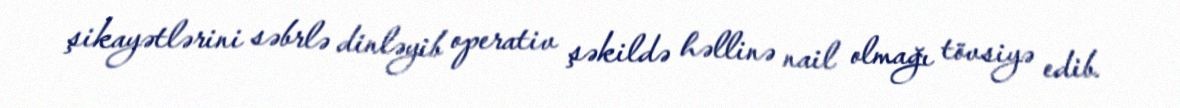
şikayətlərini səbrlə dinləyib operativ şəkildə həllinə nail olmağı tövsiyə edib.